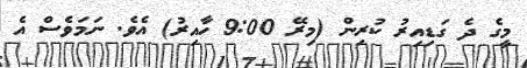
މީގެ ދެ ގަޑިއިރު ކުރިން (މިރޭ 9:00 ހާއިރު) އެވެ. ނަމަވެސް އެ